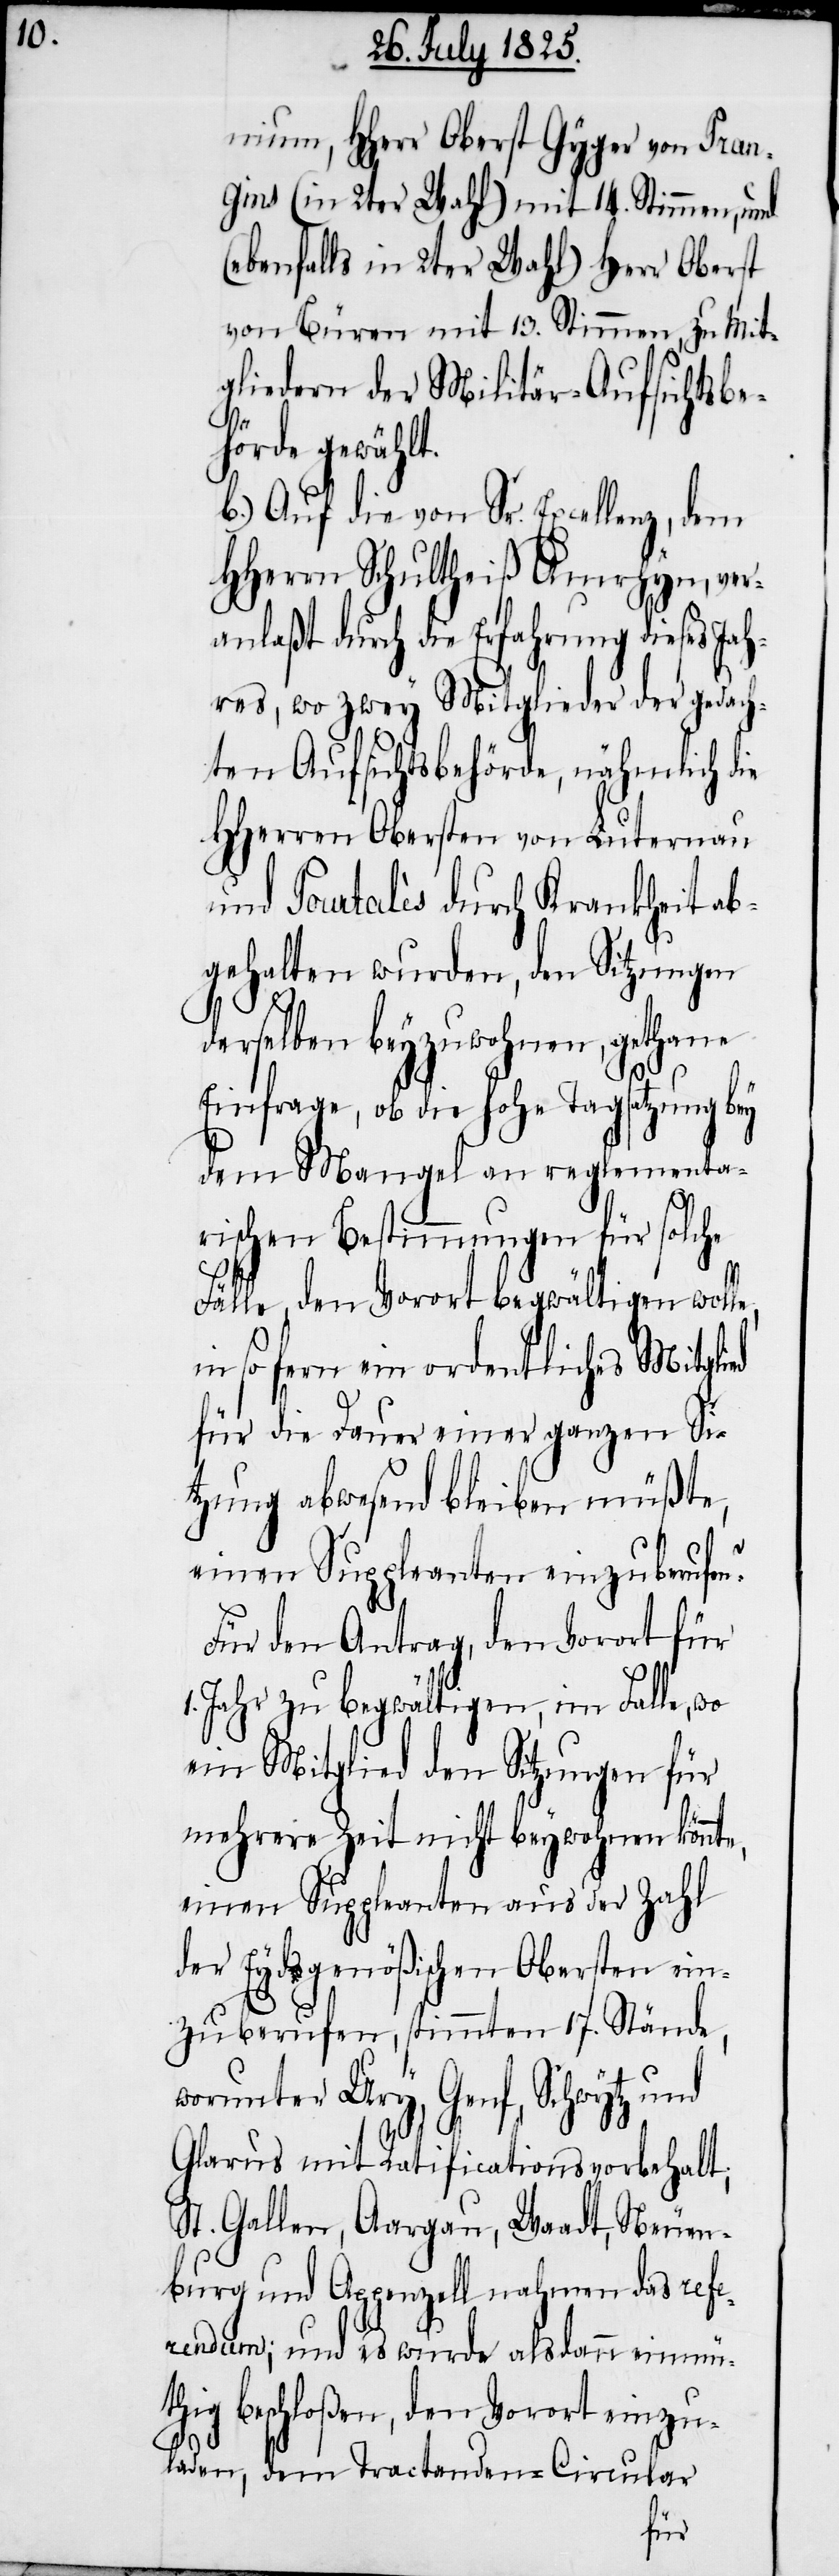
nium, Hherr Oberst Gyger von Pran¬
gins (in 2ter Wahl) mit 14 Stimmen, und
(ebenfalls in 2ter Wahl) Herr Oberst
von Büren mit 13. Stimmen, zu Mit¬
gliedern der Militär-Aufsichtsbe¬
hörde gewählt.
b.) Auf die von Sr. Excellenz, dem
HHerrn Schultheiß Amrhyn, ver¬
anlaßt durch die Erfahrung dieses Jah¬
res, wo zwey Mitglieder der gedach¬
ten Aufsichtsbehörde, nähmlich die
HHerren Obersten von Luternau
und Pourtales durch Krankheit a¬
bgehalten wurden, den Sitzungen
e,
derselben beyzuwohnen, gethane
Einfrage, ob die hohe Tagsatzung bey
dem Mangel an reglementa¬
rischen Bestimmungen für solche
Fälle, den Vorort begwältigen woll¬
in soferne ein ordentliches Mitglied
für die Dauer einer ganzen Si¬
tzung abwesend bleiben müßte,
einen Suppleanten einzuberufen?
Für den Antrag, den Vorort für
1. Jahr zu begwältigen, im Falle, wo
ein Mitglied den Sitzungen für
mehrere Zeit nicht beywohnen könnte,
einen Suppleanten aus der Zahl
der Eydsgenößischen Obersten ein¬
zuberufen, stimmten 17. Stände,
worunter Ury, Genf, Schwytz und
Glarus mit Ratificationsvorbehalt;
St. Gallen, Aargau, Waadt, Neuen¬
burg und Appenzell nehmen das Refe¬
rendum; und es wurde alsdann einmüt¬
hig beschloßen, den Vorort einzu¬
laden, dem Tractanden-Circular